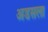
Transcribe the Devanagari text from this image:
अडसला